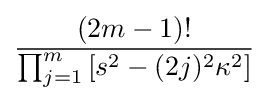
{\frac {(2m-1)!}{\prod _{j=1}^{m}\left[s^{2}-(2j)^{2}\kappa ^{2}\right]}}